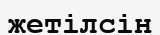
жетілсін